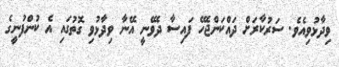
ވިދާޅުވިއެވެ. ސަރުކާރަށް ދައްކަންޖެހޭ ފައިސާ ދެވޭނީ އޭނާ ވިދާޅުވި ގޮތުގައި އެ ކުންފުނީގެ